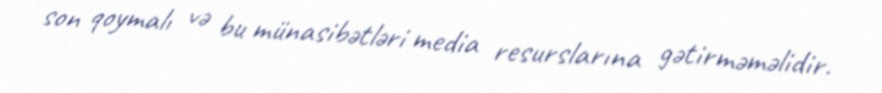
son qoymalı və bu münasibətləri media resurslarına gətirməməlidir.